Annual report on the mental hospital in the Central Provinces and Berar (Nagpur) - 1927-1951
Year: 1927
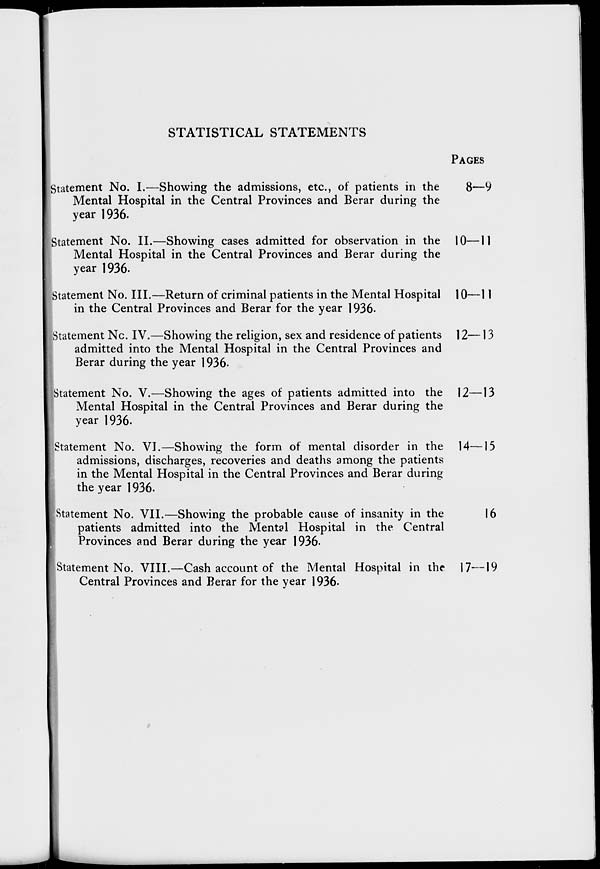
STATISTICAL STATEMENTS
Statement No. I.—Showing the admissions, etc., of patients in the
Mental Hospital in the Central Provinces and Berar during the
year 1936.
Statement No. II.—Showing cases admitted for observation in the
Mental Hospital in the Central Provinces and Berar during the
year 1936.
Statement No. III.—Return of criminal patients in the Mental Hospital
in the Central Provinces and Berar for the year 1936.
Statement No. IV.—Showing the religion, sex and residence of patients
admitted into the Mental Hospital in the Central Provinces and
Berar during the year 1936.
Statement No. V.—Showing the ages of patients admitted into the
Mental Hospital in the Central Provinces and Berar during the
year 1936.
Statement No. VI.—Showing the form of mental disorder in the
admissions, discharges, recoveries and deaths among the patients
in the Mental Hospital in the Central Provinces and Berar during
the year 1936.
Statement No. VII.—Showing the probable cause of insanity in the
patients admitted into the Mental Hospital in the Central
Provinces and Berar during the year 1936.
Statement No. VIII.—Cash account of the Mental Hospital in the
Central Provinces and Berar for the year 1936.
PAGES
8—9
10—11
10—11
12—13
12—13
14—15
16
17—19